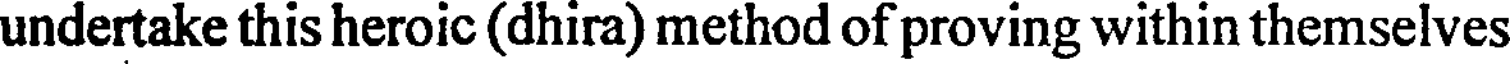
undertake this heroic (dhira) method of proving within themselves